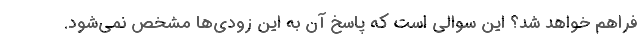
فراهم خواهد شد؟ این سوالی است که پاسخ آن به این زودی‌ها مشخص نمی‌شود.